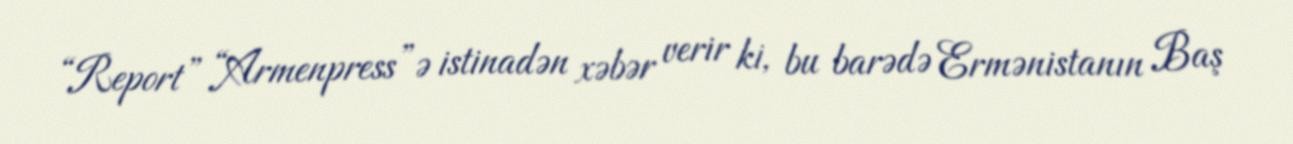
“Report” “Armenpress”ə istinadən xəbər verir ki, bu barədə Ermənistanın Baş